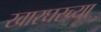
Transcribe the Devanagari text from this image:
खारघरच्या